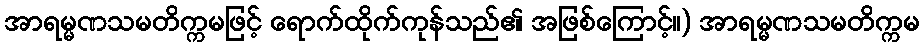
အာရမ္မဏသမတိက္ကမဖြင့် ရောက်ထိုက်ကုန်သည်၏ အဖြစ်ကြောင့်။) အာရမ္မဏသမတိက္ကမ